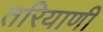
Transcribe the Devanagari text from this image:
तरियाणी